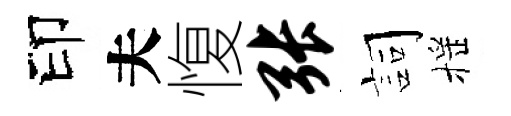
印夫愎张詞摇